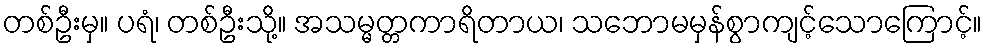
တစ်ဦးမှ။ ပရံ၊ တစ်ဦးသို့။ အသမ္မတ္တကာရိတာယ၊ သဘောမမှန်စွာကျင့်သောကြောင့်။